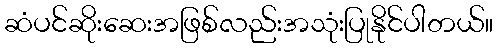
ဆံပင်ဆိုးဆေးအဖြစ်လည်းအသုံးပြုနိုင်ပါတယ်။